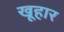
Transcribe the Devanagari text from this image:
खूहार